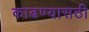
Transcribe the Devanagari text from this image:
काढण्यासठी